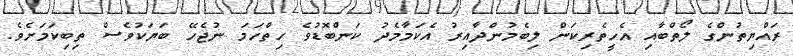
ރައްޔިތުންގެ ލޯތްބާއި އެހީތެރިކަން ލިބެމުންދާއިރު އެކަމާމެދު ކަންބޮޑުވެ ހިތްހަމަ ނުޖެހޭ ބަޔަކުވެސް ތިބިކަމަށެވެ.